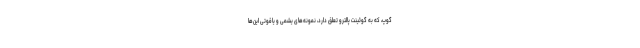
گوپ، که به گوئینت پالترو تعلق دارد، نمونه‌های یشمی و یاقوتی این‌ها